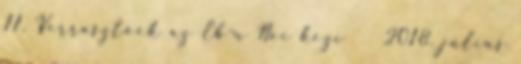
11. Verrasztóék az Eb-n Női kézi 2018. július